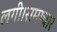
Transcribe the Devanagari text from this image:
लगी।समाचार